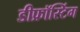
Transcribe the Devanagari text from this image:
डीफ्रॉस्टिंग